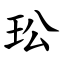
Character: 玜